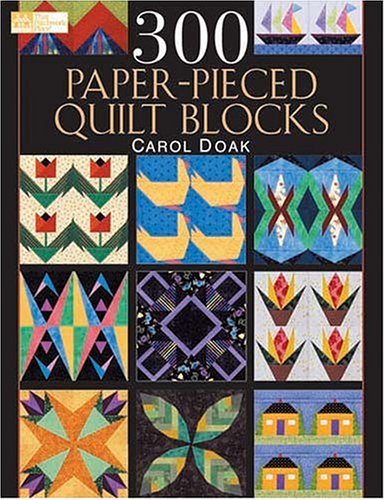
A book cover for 300 Paper-Pieced Quilt Blocks: (CD included); Carol Doak; Crafts, Hobbies & Home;